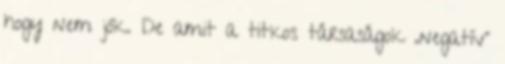
hogy nem jók. De amit a titkos társaságok „negatív”